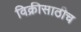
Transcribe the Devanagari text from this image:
विक्रीसाठीच